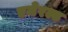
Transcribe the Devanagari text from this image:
एमेरल्ड